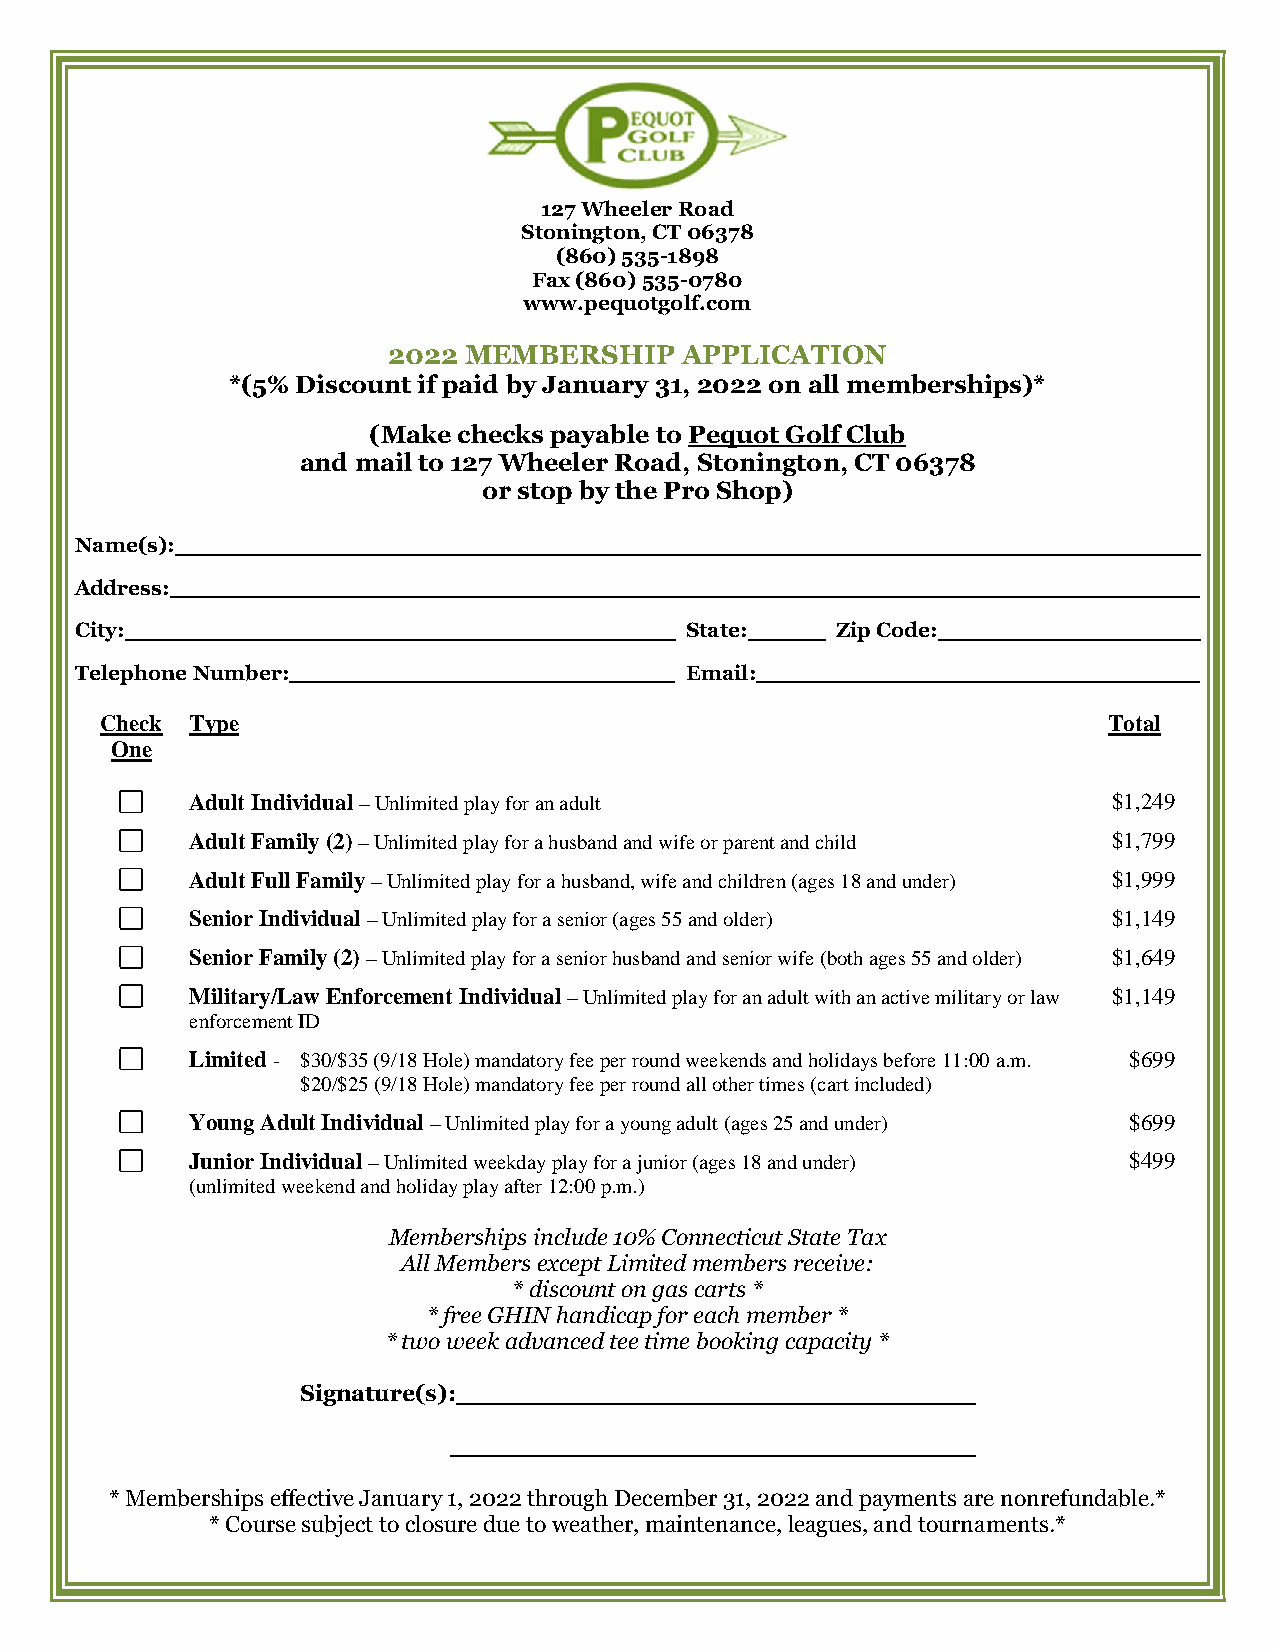
127 Wheeler Road
 Stonington, CT 06378
 (860) 535-1898
 Fax (860) 535-0780
 www.pequotgolf.com
 2022 MEMBERSHIP    APPLICATION
 *(5% Discount if paid by January 31, 2022 on all memberships)*
 (Make checks payable to Pequot Golf Club
 and mail to 127 Wheeler Road, Stonington, CT 06378
 or stop by the Pro Shop)
 Name(s):
 Address:
 City:                                   State:    Zip Code:
 Telephone Number:                       Email:
 Check Type                                                        Total
 One
 Adult Individual – Unlimited play for an adult               $1,249
 Adult Family (2) – Unlimited play for a husband and wife or parent and child $1,799
 Adult Full Family – Unlimited play for a husband, wife and children (ages 18 and under) $1,999
 Senior Individual – Unlimited play for a senior (ages 55 and older) $1,149
 Senior Family (2) – Unlimited play for a senior husband and senior wife (both ages 55 and older) $1,649
 Military/Law Enforcement Individual – Unlimited play for an adult with an active military or law $1,149
 enforcement ID
 Limited - $30/$35 (9/18 Hole) mandatory fee per round weekends and holidays before 11:00 a.m. $699
 $20/$25 (9/18 Hole) mandatory fee per round all other times (cart included)
 Young Adult Individual – Unlimited play for a young adult (ages 25 and under) $699
 Junior Individual – Unlimited weekday play for a junior (ages 18 and under) $499
 (unlimited weekend and holiday play after 12:00 p.m.)
 Memberships include 10% Connecticut State Tax
 All Members except Limited members receive:
 * discount on gas carts *
 * free GHIN handicap for each member *
 * two week advanced tee time booking capacity *
 Signature(s):
 * Memberships effective January 1, 2022 through December 31, 2022 and payments are nonrefundable.*
 * Course subject to closure due to weather, maintenance, leagues, and tournaments.*